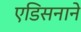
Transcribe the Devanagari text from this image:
एडिसनाने